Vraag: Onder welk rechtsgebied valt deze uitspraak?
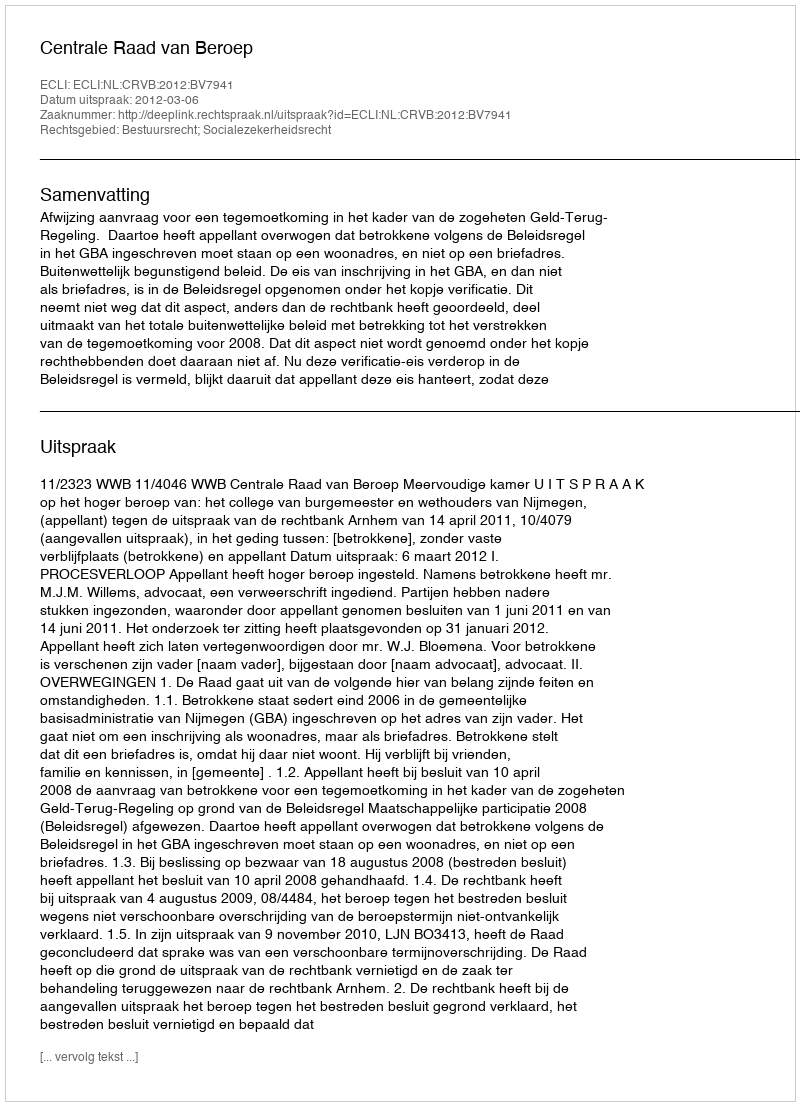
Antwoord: Bestuursrecht; Socialezekerheidsrecht